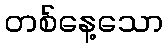
တစ်နေ့သော